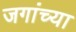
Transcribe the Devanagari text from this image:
जगांच्या